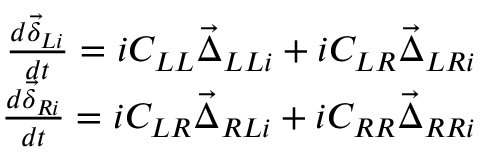
\begin{array} { r } { \frac { d \vec { \delta } _ { L i } } { d t } = i C _ { L L } \vec { \Delta } _ { L L i } + i C _ { L R } \vec { \Delta } _ { L R i } } \\ { \frac { d \vec { \delta } _ { R i } } { d t } = i C _ { L R } \vec { \Delta } _ { R L i } + i C _ { R R } \vec { \Delta } _ { R R i } } \end{array}